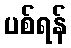
ပစ်ရန်